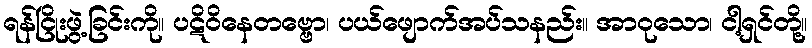
ရန်ငြိုးဖွဲ့ခြင်းကို။ ပဋိဝိနေတဗ္ဗော၊ ပယ်ဖျောက်အပ်သနည်း။ အာဝုသော၊ ငါ့ရှင်တို့။